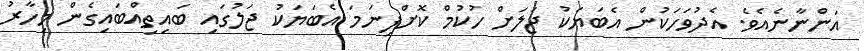
އަންނާނެއެވެ. އެދުވަހަކުން އެބަޔަކު ޖަލަށް ހުކުމް ކޮށްފިނަމަ އެބަޔަކު ޖަލުގައި ބައިތިއްބައިގެން މިހާރު